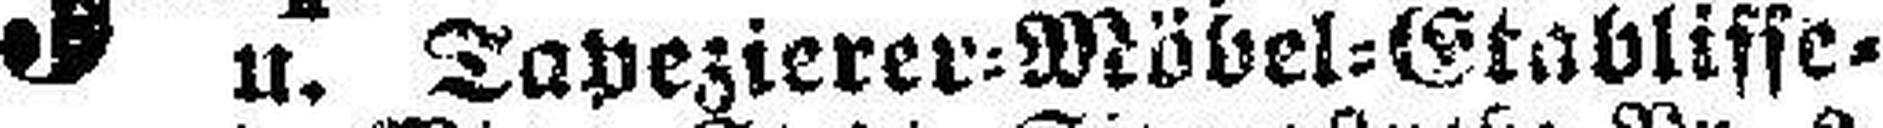
u. Tapezierer=Möbel=Etablisse¬